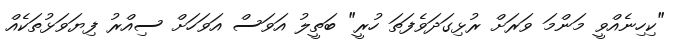
"ކިހިނެއްވީ މަންމަ ވަރަށް ރުޅިގަދަވެފަތަ ހުރީ" ބަތީލު އަވަސް އަވަހަށް ސިއްރު ފިޔަވަޅުތަކެއް